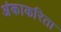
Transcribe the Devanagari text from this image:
अंकाकरिता